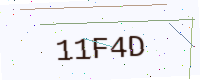
Text: 11F4D